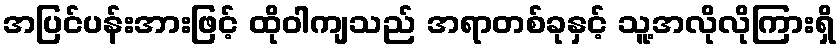
အပြင်ပန်းအားဖြင့် ထိုဝါကျသည် အရာတစ်ခုနှင့် သူ့အလိုလိုကြားရှိ